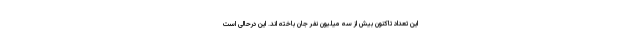
این تعداد تاکنون بیش از سه میلیون نفر جان باخته اند. این درحالی است